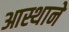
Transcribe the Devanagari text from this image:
आस्थाने